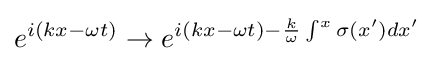
e^{i(kx-\omega t)}\to e^{i(kx-\omega t)-{\frac {k}{\omega }}\int ^{x}\sigma (x')dx'}